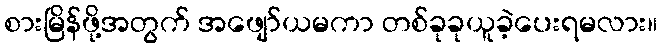
စားမြိန်ဖို့အတွက် အဖျော်ယမကာ တစ်ခုခုယူခဲ့ပေးရမလား။